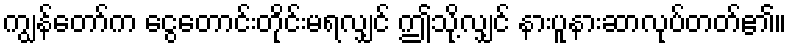
ကျွန်တော်က ငွေတောင်းတိုင်းမရလျှင် ဤသို့လျှင် နားပူနားဆာလုပ်တတ်၏။